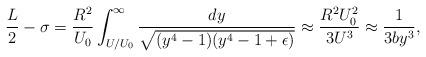
LaTeX: \begin{align*}\frac{L}{2}-\sigma=\frac{R^2}{U_0}\int_{U/U_0}^\infty \frac{dy}{\sqrt{(y^4-1)(y^4-1+\epsilon)}}\approx\frac{R^2U_0^2}{3U^3}\approx\frac{1}{3by^3},\end{align*}